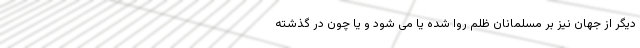
دیگر از جهان نیز بر مسلمانان ظلم روا شده یا می شود و یا چون در گذشته